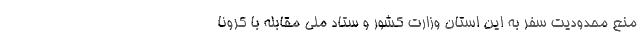
منع محدودیت سفر به این استان وزارت کشور و ستاد ملی مقابله با کرونا